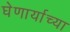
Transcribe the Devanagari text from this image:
घेणार्याच्या